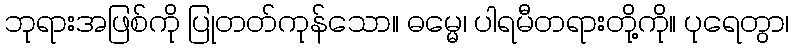
ဘုရားအဖြစ်ကို ပြုတတ်ကုန်သော။ ဓမ္မေ၊ ပါရမီတရားတို့ကို။ ပုရေတွာ၊